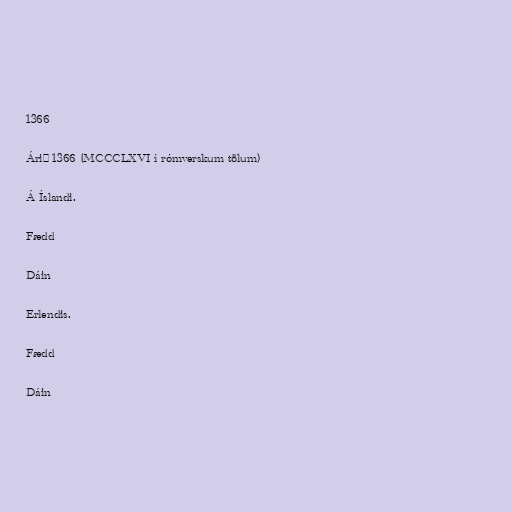
1366

Árið 1366 (MCCCLXVI í rómverskum tölum)

Á Íslandi.

Fædd

Dáin

Erlendis.

Fædd

Dáin